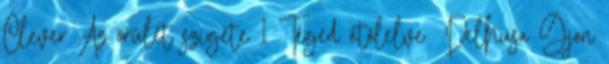
Clever Az őrület szigete 1 Téged átölelve Delhusa Gjon